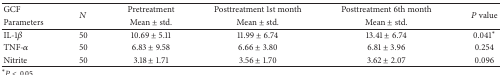
| GCF | <ROWSPAN=2> N | Pretreatment | Posttreatment 1st month | Posttreatment 6th month | <ROWSPAN=2> P value |
 | Parameters | Mean ± std. | Mean ± std. | Mean ± std. |
 | --- | --- | --- | --- | --- | --- |
 | IL-1β | 50 | 10.69 ± 5.11 | 11.99 ± 6.74 | 13.41 ± 6.74 | 0.041* |
 | TNF-α | 50 | 6.83 ± 9.58 | 6.66 ± 3.80 | 6.81 ± 3.96 | 0.254 |
 | Nitrite | 50 | 3.18 ± 1.71 | 3.56 ± 1.70 | 3.62 ± 2.07 | 0.096 |